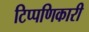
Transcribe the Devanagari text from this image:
टिप्पणिकारी